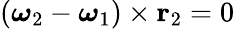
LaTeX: ({\boldsymbol{\omega}}_{2}-{\boldsymbol{\omega}}_{1})\times\mathbf{r}_{2}=0